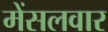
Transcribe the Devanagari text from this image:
मेंसलवार